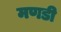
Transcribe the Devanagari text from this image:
मणडी